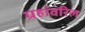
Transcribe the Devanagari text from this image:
ग्रहांवरिल